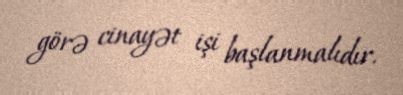
görə cinayət işi başlanmalıdır.